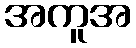
အကူအ